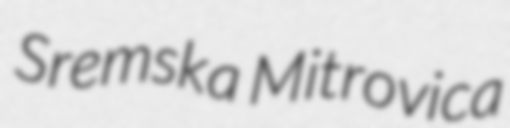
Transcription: Sremska Mitrovica